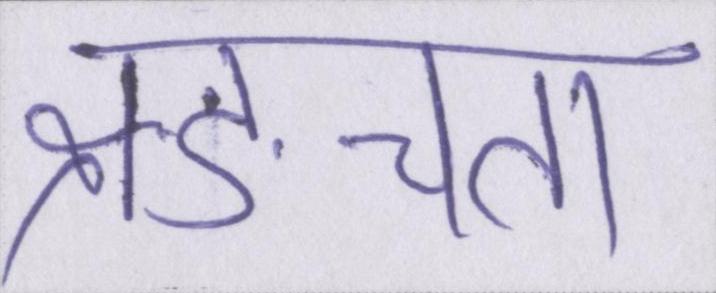
ङ्क्षचता